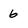
Character: 6